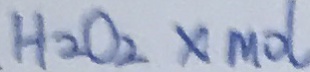
H _ { 2 } O _ { 2 } \times M O l